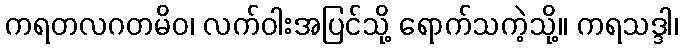
ကရတလဂတမိဝ၊ လက်ဝါးအပြင်သို့ ရောက်သကဲ့သို့။ ကရသဒ္ဒါ၊